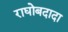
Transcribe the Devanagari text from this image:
राघोबदादा